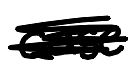
Text: case
Cross-out: scratch
Writing tool: digital_black